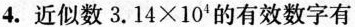
4.近似数$$3.14\times 10^{4}的有效数字有